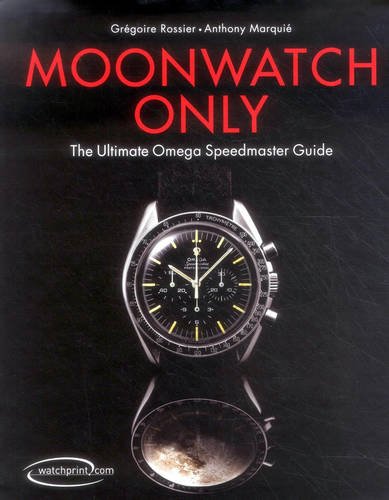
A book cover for Moonwatch Only: The Ultimate Omega Speedmaster Guide; GrÃ©goire Rossier; Crafts, Hobbies & Home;